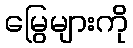
မြွေများကို